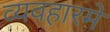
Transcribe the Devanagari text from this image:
व्यवहारमे